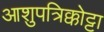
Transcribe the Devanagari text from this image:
आशुपत्रिक्कोट्टा